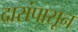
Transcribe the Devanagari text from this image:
दारांपासून